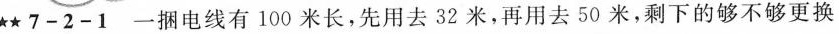
★★7-2-1一捆电线有100米长，先用去32米，再用去50米，剩下的够不够更换20米的电路?